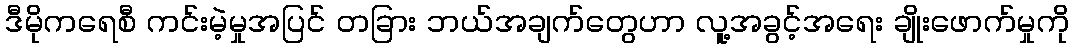
ဒီမိုကရေစီ ကင်းမဲ့မှုအပြင် တခြား ဘယ်အချက်တွေဟာ လူ့အခွင့်အရေး ချိုးဖောက်မှုကို